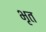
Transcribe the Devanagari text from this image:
भृत